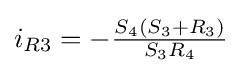
i_{R3}=-{\tfrac {S_{4}(S_{3}+R_{3})}{S_{3}R_{4}}}